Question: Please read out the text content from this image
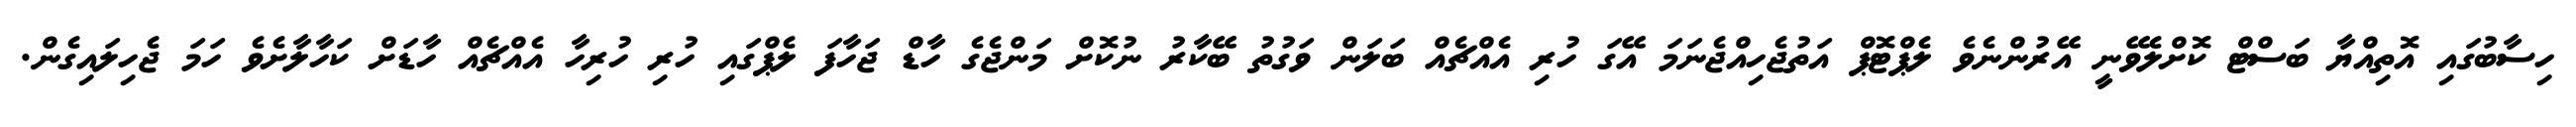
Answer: ހިސާބުގައި އޮތިއްޔާ ބަސްޓް ކޮށްލެވޭނީ އޭރުންނެވެ ލެޕްޓޮޕް އަތުޖެހިއްޖެނަމަ އޭގަ ހުރި އެއްޗެއް ބަލަން ވަގުތު ބޭކާރު ނުކޮށް މަންޖެގެ ހާޑް ޖަހާފަ ލެޕްގައި ހުރި ހުރިހާ އެއްޗެއް ހާޑަށް ކަހާލާށެވެ ހަމަ ޖެހިލައިގެން.